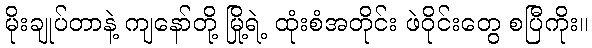
မိုးချုပ်တာနဲ့ ကျနော်တို့ မြို့ရဲ့ ထုံးစံအတိုင်း ဖဲဝိုင်းတွေ စပြီကိုး။